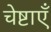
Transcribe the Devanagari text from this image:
चेष्टाएॅं